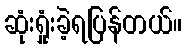
ဆုံးရှုံးခဲ့ရပြန်တယ်။